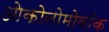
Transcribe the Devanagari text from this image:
ओकोनोमोवॉक